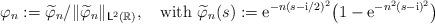
LaTeX: \begin{align*}\varphi_n:= \widetilde\varphi_n/\|\widetilde\varphi_n\|_{\mathsf L^2(\mathbb R)}, \quad\textrm{with } \widetilde\varphi_n(s):= \mathrm e^{-n(s- \mathrm i/2)^2}\big(1 -\mathrm e^{-n^2(s- \mathrm i)^2}\big)\end{align*}